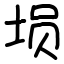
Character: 埙